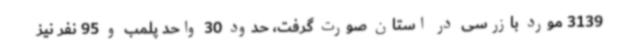
3139 مورد بازرسی در استان صورت گرفت، حدود 30 واحد پلمب و 95 نفر نیز